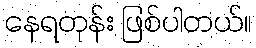
နေရတုန်း ဖြစ်ပါတယ်။